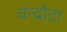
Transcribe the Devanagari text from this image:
चन्द्रोटा